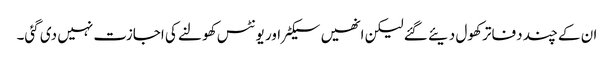
ان کے چند دفاتر کھول دیئے گئے لیکن انھیں سیکٹر اور یونٹس کھولنے کی اجازت نہیں دی گئی۔